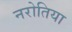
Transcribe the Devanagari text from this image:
नरोतिया